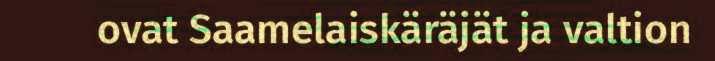
ovat Saamelaiskäräjät ja valtion